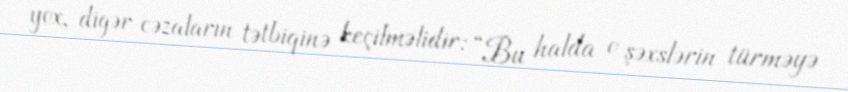
yox, digər cəzaların tətbiqinə keçilməlidir: “Bu halda o şəxslərin türməyə